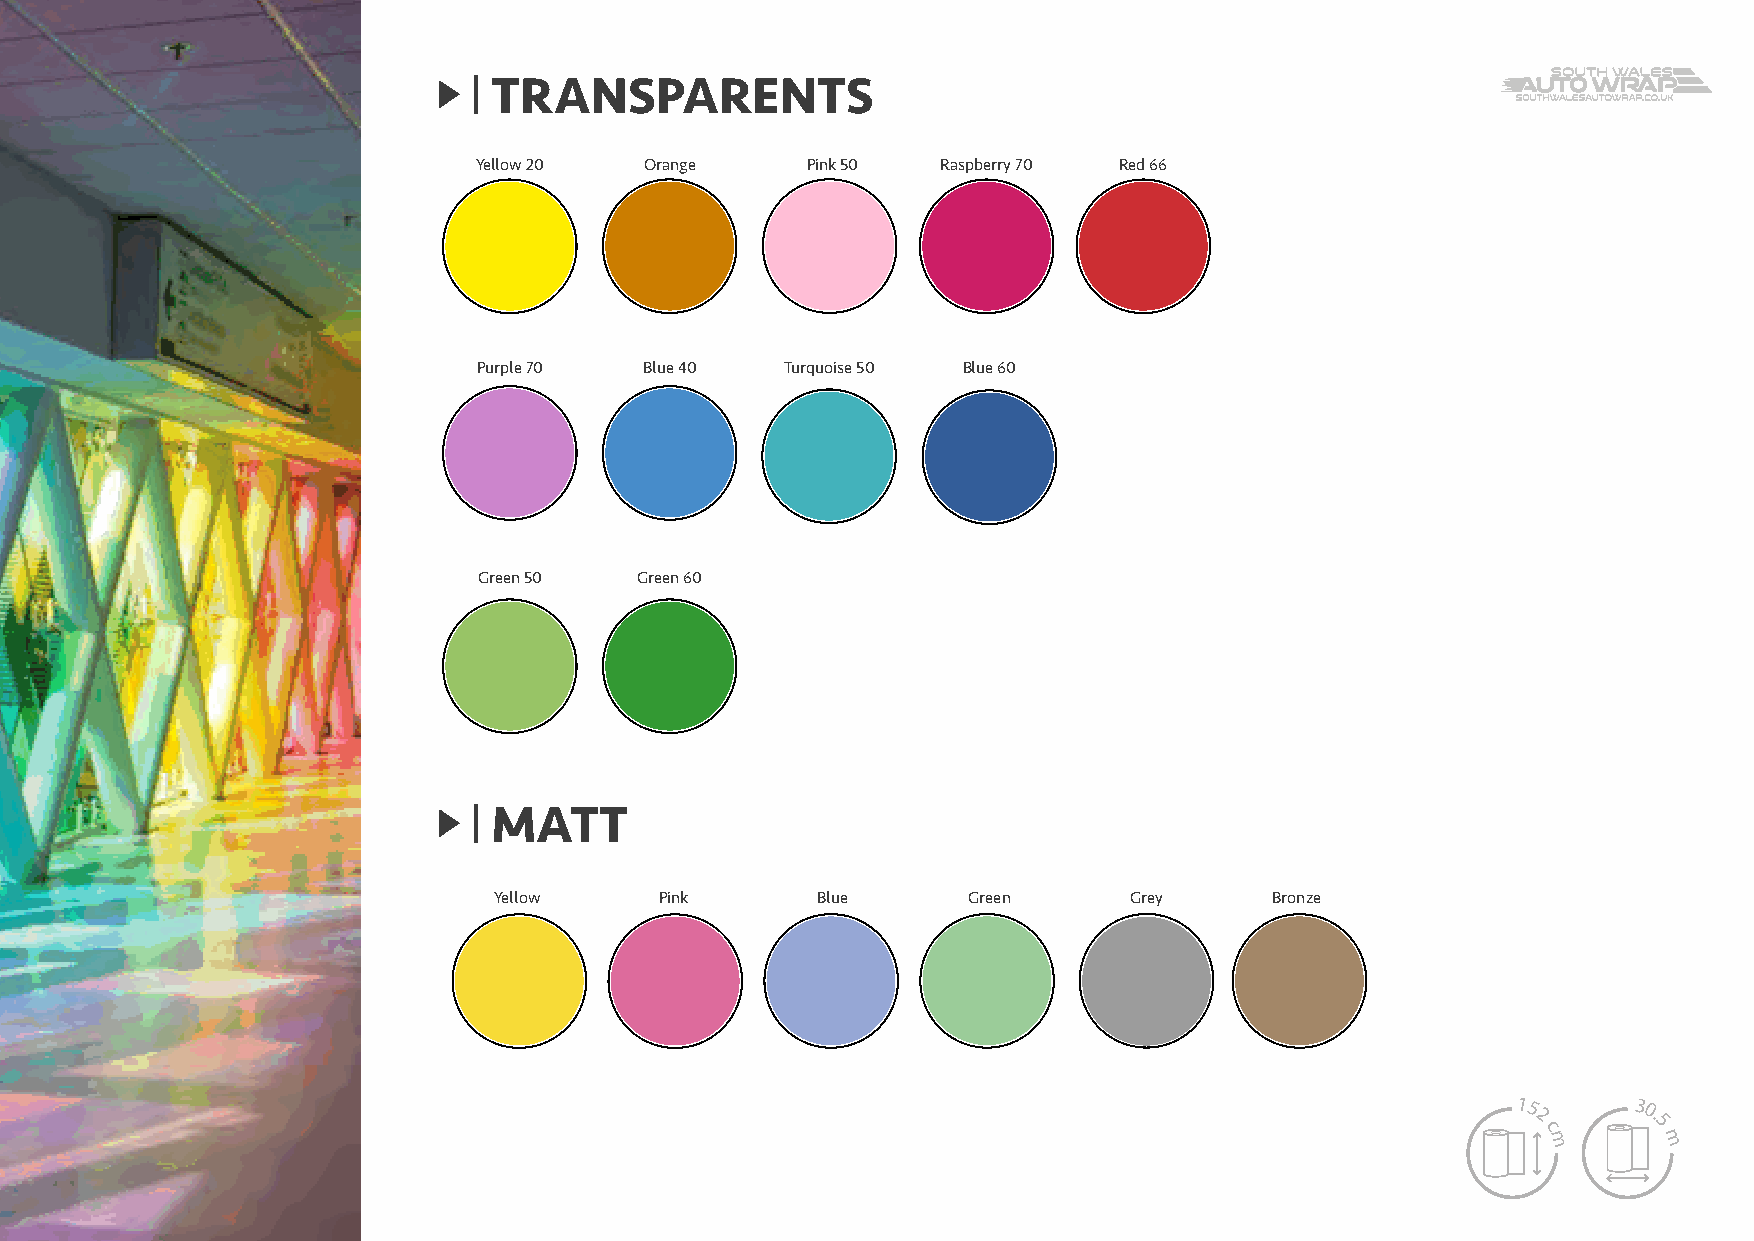
TRANSPARENTS
 Yellow 20   Orange    Pink 50  Raspberry 70 Red 66
 TRANSPARENTS
 New                  New       New                  New
 Jaune 20C Orange 30C Bronze 75C Rose 50C Framboise 70C Rouge 66C Violet 70C Bleu 40C
 Purple 70  Blue 40  Turquoise 50 Blue 60
 New                  New                                      New
 Turquoise 50C Bleu 60C Bleu 65C Bleu 66C  Vert 50C   Vert 60C  Vert 65C  Vert 66C
 Green 50  Green 60
 MAT
 New        New       New       New
 M BlancATT Jaune     Rose      Bleu      Vert       Gris      Bronze
 Yellow     Pink      Blue      Green      Grey     Bronze
 Mat Star
 15
 2
 c
 30.
 5
 m       m
 122 cm x 50 m